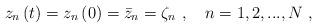
LaTeX: \begin{align*}z_{n}\left( t\right) =z_{n}\left( 0\right) =\bar{z}_{n}=\zeta_{n}~,~~~n=1,2,...,N~, \end{align*}